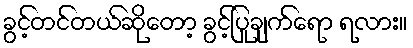
ခွင့်တင်တယ်ဆိုတော့ ခွင့်ပြုချက်ရော ရလား။